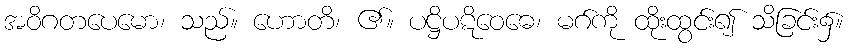
အဝိဂတပေမော၊ သည်။ ဟောတိ၊ ၏။ ပဋ္ဌိပဋိဝေဓေ၊ မဂ်ကို ထိုးထွင်း၍ သိခြင်း၌။